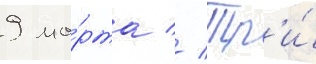
9 ма́рта // Тр'и́